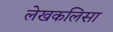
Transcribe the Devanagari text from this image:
लेखकलिसा